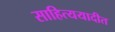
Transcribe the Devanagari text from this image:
साहित्ययादीत